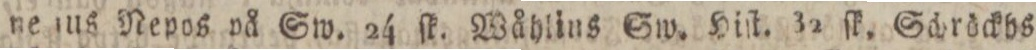
ne ius Nepos på Sw. 24 ſk. Wåhlins Sw. Hiſt. 32 ſk. Säröckbs